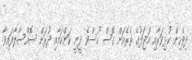
ދިވެހިން ކުޅިވަރާއި މަޖަލުގެ ތެރެއަށް ގޮސް ހުސްވެ ދީނީ ކަންކަމާއި ދުރަށް ސޮއްސާލާފައިވާ